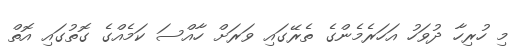
މި ހުރިހާ ދުވަހު އަހަރެމެންގެ ތެރޭގައި ވަރަށް ހާއްސަ ކަމެއްގެ ގޮތުގައި އޮތް